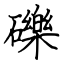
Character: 礫